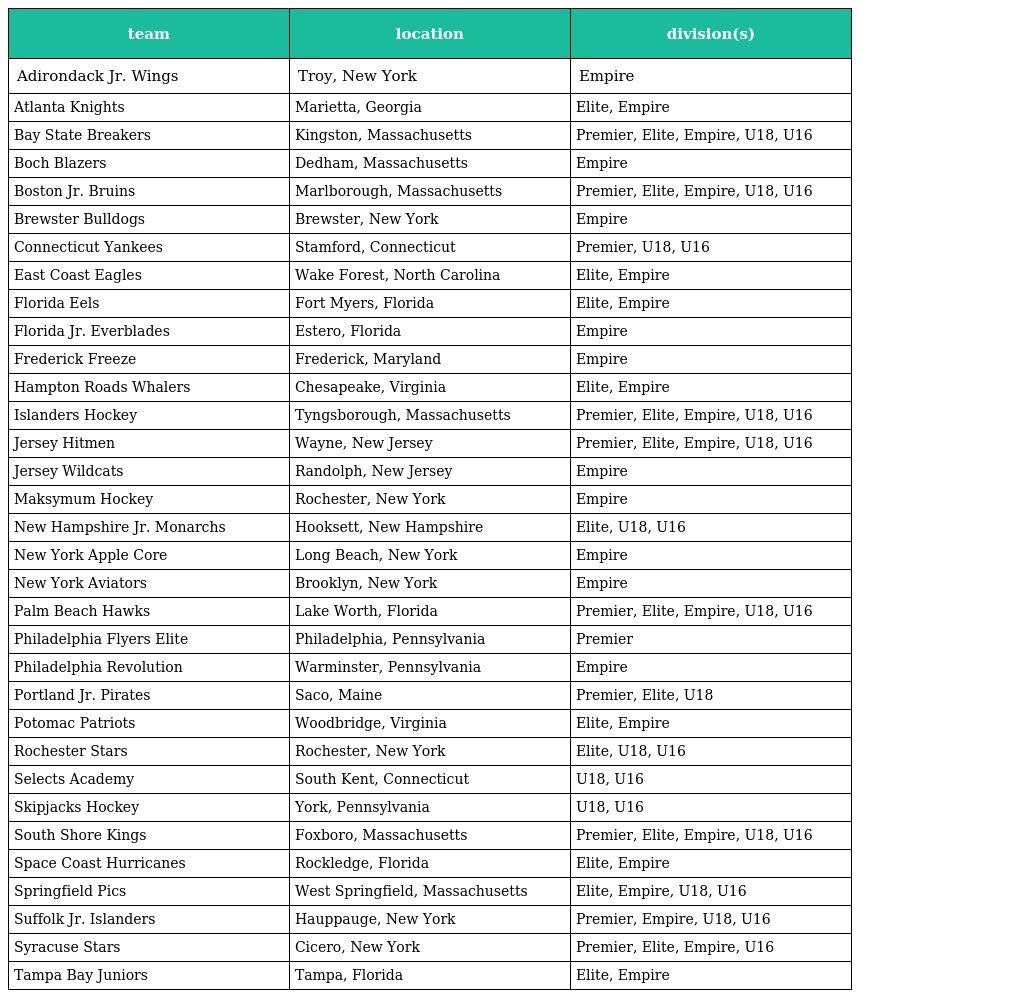
| team | location | division(s) |
 | --- | --- | --- |
 | Adirondack Jr. Wings | Troy, New York | Empire |
 | Atlanta Knights | Marietta, Georgia | Elite, Empire |
 | Bay State Breakers | Kingston, Massachusetts | Premier, Elite, Empire, U18, U16 |
 | Boch Blazers | Dedham, Massachusetts | Empire |
 | Boston Jr. Bruins | Marlborough, Massachusetts | Premier, Elite, Empire, U18, U16 |
 | Brewster Bulldogs | Brewster, New York | Empire |
 | Connecticut Yankees | Stamford, Connecticut | Premier, U18, U16 |
 | East Coast Eagles | Wake Forest, North Carolina | Elite, Empire |
 | Florida Eels | Fort Myers, Florida | Elite, Empire |
 | Florida Jr. Everblades | Estero, Florida | Empire |
 | Frederick Freeze | Frederick, Maryland | Empire |
 | Hampton Roads Whalers | Chesapeake, Virginia | Elite, Empire |
 | Islanders Hockey | Tyngsborough, Massachusetts | Premier, Elite, Empire, U18, U16 |
 | Jersey Hitmen | Wayne, New Jersey | Premier, Elite, Empire, U18, U16 |
 | Jersey Wildcats | Randolph, New Jersey | Empire |
 | Maksymum Hockey | Rochester, New York | Empire |
 | New Hampshire Jr. Monarchs | Hooksett, New Hampshire | Elite, U18, U16 |
 | New York Apple Core | Long Beach, New York | Empire |
 | New York Aviators | Brooklyn, New York | Empire |
 | Palm Beach Hawks | Lake Worth, Florida | Premier, Elite, Empire, U18, U16 |
 | Philadelphia Flyers Elite | Philadelphia, Pennsylvania | Premier |
 | Philadelphia Revolution | Warminster, Pennsylvania | Empire |
 | Portland Jr. Pirates | Saco, Maine | Premier, Elite, U18 |
 | Potomac Patriots | Woodbridge, Virginia | Elite, Empire |
 | Rochester Stars | Rochester, New York | Elite, U18, U16 |
 | Selects Academy | South Kent, Connecticut | U18, U16 |
 | Skipjacks Hockey | York, Pennsylvania | U18, U16 |
 | South Shore Kings | Foxboro, Massachusetts | Premier, Elite, Empire, U18, U16 |
 | Space Coast Hurricanes | Rockledge, Florida | Elite, Empire |
 | Springfield Pics | West Springfield, Massachusetts | Elite, Empire, U18, U16 |
 | Suffolk Jr. Islanders | Hauppauge, New York | Premier, Empire, U18, U16 |
 | Syracuse Stars | Cicero, New York | Premier, Elite, Empire, U16 |
 | Tampa Bay Juniors | Tampa, Florida | Elite, Empire |